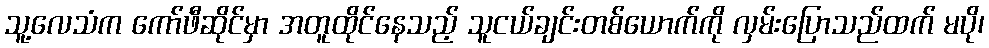
သူ့လေသံက ကော်ဖီဆိုင်မှာ အတူထိုင်နေသည့် သူငယ်ချင်းတစ်ယောက်ကို လှမ်းပြောသည်ထက် မပို၊